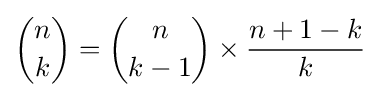
{n \choose k}={n \choose k-1}\times {\frac {n+1-k}{k}}